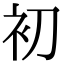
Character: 初